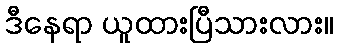
ဒီနေရာ ယူထားပြီသားလား။